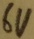
Text: 6V